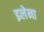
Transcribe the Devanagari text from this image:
इलेना